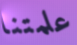
علمتنا